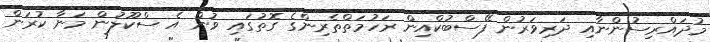
މުދައްރިސުންނާއި ދަރިވަރުން ފޭސްބުކްއިން ރަހުމަތްތެރިންގެ ގޮތުގައި ވުން އެ ސްކޫލުން މަނާ ކުރަން